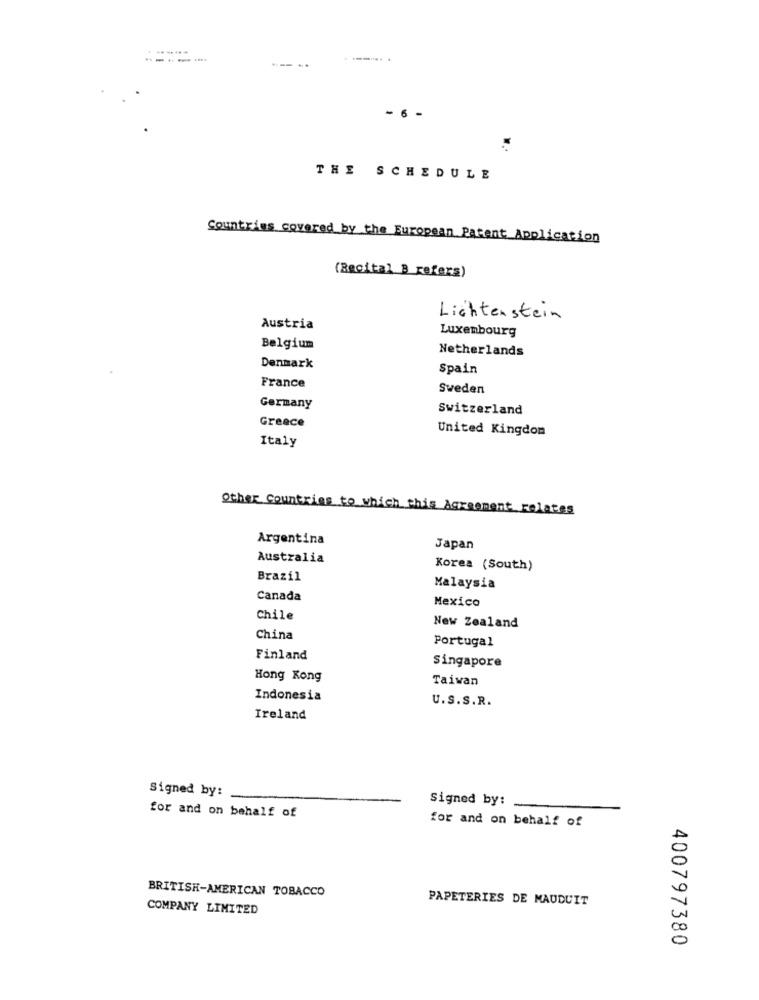
- 6
...
THE SCHEDULE
Countries covered by the European Patent Application
(Recital B refers)
Lichtenstein
Austria
Luxembourg
Belgium
Netherlands
Denmark
Spain
France
Sweden
Germany
Switzerland
Greece
United Kingdom
Italy
Other Countries to which this Agreement relates
Argentina
Japan
Australia
Korea (South)
Brazil
Malaysia
Canada
Mexico
Chile
New Zealand
China
Portugal
Finland
Singapore
Hong Kong
Taiwan
Indonesia
U.S.S.R.
Ireland
Signed by:
Signed by:
for and on behalf of
for and on behalf of
BRITISH-AMERICAN TOBACCO
PAPETERIES DE MAUDUIT
COMPANY LIMITED
400797380